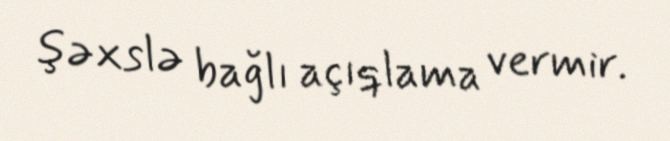
şəxslə bağlı açıqlama vermir.